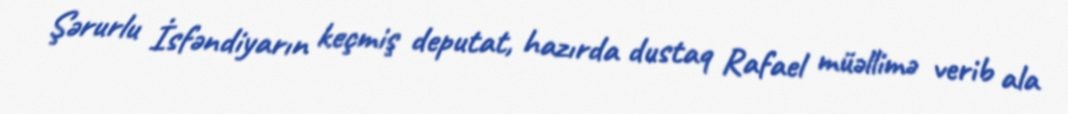
Şərurlu İsfəndiyarın keçmiş deputat, hazırda dustaq Rafael müəllimə verib ala